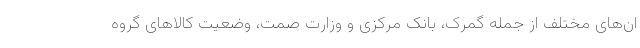
ان‌های مختلف از جمله گمرک، بانک مرکزی و وزارت صمت، وضعیت کالاهای گروه